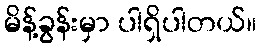
မိန့်ခွန်းမှာ ပါရှိပါတယ်။